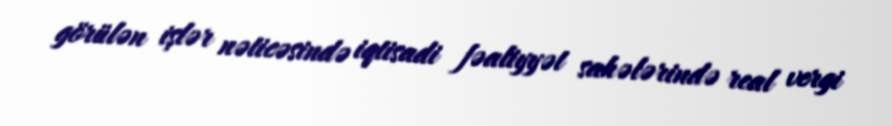
görülən işlər nəticəsində iqtisadi fəaliyyət sahələrində real vergi